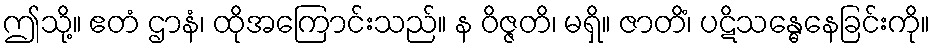
ဤသို့။ ဧတံ ဌာနံ၊ ထိုအကြောင်းသည်။ န ဝိဇ္ဇတိ၊ မရှိ။ ဇာတိံ၊ ပဋိသန္ဓေနေခြင်းကို။